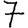
Digit: 7